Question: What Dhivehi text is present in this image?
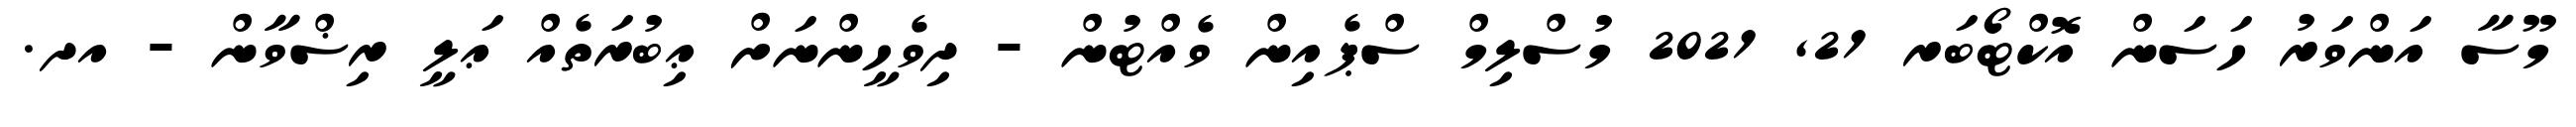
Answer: މޫސާ އަންވަރު ހަސަން އޮކްޓޯބަރ 21, 2021 މުސްލިމް ސްޕެއިން ވެއްޓުން - ދިވެހީންނަށް ޢިބުރަތެއް ޢަލީ ރިޟްވާން - އދ.